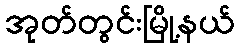
အုတ်တွင်းမြို့နယ်